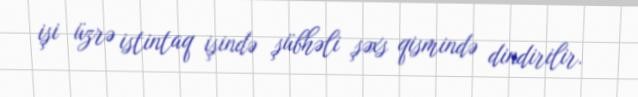
işi üzrə istintaq işində şübhəli şəxs qismində dindirilir.